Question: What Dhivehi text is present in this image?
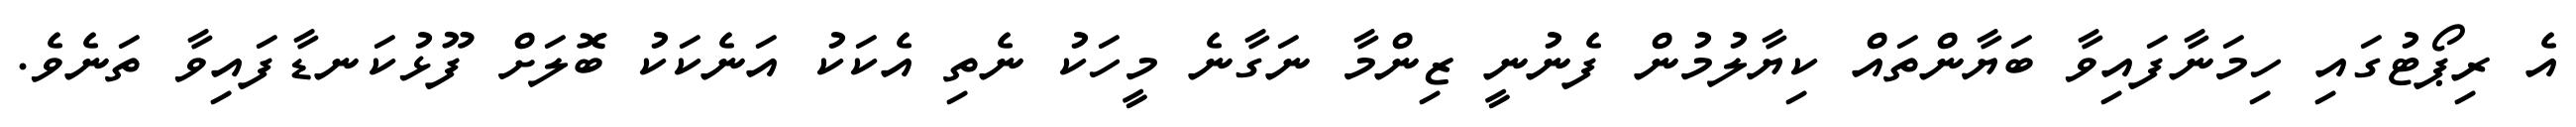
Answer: އެ ރިޕޯޓުގައި ހިމަނާފައިވާ ބަޔާންތައް ކިޔާލުމުން ފެނުނީ ޒިންމާ ނަގާނެ މީހަކު ނެތި އެކަކު އަނެކަކު ބޮލަށް ފޫޅުކަނޑާފައިވާ ތަނެވެ.